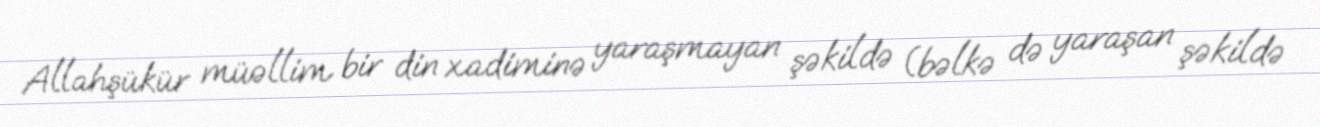
Allahşükür müəllim bir din xadiminə yaraşmayan şəkildə (bəlkə də yaraşan şəkildə